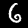
Digit: 6